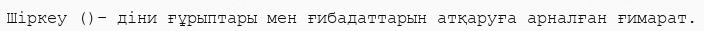
Шіркеу ()– діни ғұрыптары мен ғибадаттарын атқаруға арналған ғимарат.